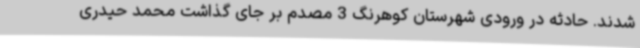
شدند. حادثه در ورودی شهرستان کوهرنگ 3 مصدم بر جای گذاشت محمد حیدری